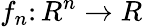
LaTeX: f_{n}\colon R^{n}\to R